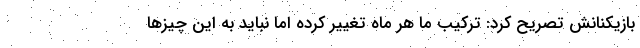
بازیکنانش تصریح کرد: ترکیب ما هر ماه تغییر کرده اما نباید به این چیزها